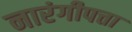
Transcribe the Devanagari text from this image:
नारंगीपत्ता